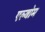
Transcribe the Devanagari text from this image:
एल्बोम